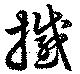
撼